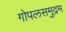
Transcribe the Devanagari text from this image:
गोपलसमुद्रम